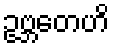
ဥဗ္ဘတေဟိ